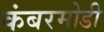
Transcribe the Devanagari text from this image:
कंबरमोडी